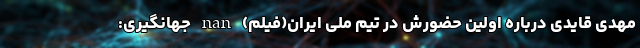
مهدی قایدی درباره اولین حضورش در تیم ملی ایران(فیلم) nan جهانگیری: